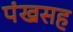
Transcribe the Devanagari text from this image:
पंखसह